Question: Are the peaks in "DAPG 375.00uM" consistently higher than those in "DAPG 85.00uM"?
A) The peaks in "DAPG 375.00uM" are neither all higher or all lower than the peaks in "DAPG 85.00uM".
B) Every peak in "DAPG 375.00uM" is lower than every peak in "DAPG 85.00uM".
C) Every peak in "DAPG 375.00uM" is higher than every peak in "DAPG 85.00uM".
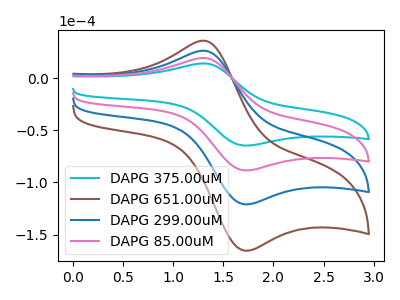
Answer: <think>The cyan curve "DAPG 375.00uM" has an anodic peak at (1.30V, 14.00uA) and a cathodic peak at (1.75V, -64.80uA). The brown curve "DAPG 651.00uM" has an anodic peak at (1.30V, 57.40uA) and a cathodic peak at (1.75V, -265.75uA). The blue curve "DAPG 299.00uM" has an anodic peak at (1.30V, 38.25uA) and a cathodic peak at (1.75V, -177.15uA). The pink curve "DAPG 85.00uM" has an anodic peak at (1.30V, 19.15uA) and a cathodic peak at (1.75V, -88.60uA).</think>
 <answer>B) Every peak in "DAPG 375.00uM" is lower than every peak in "DAPG 85.00uM".</answer>
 <eval>B</eval>